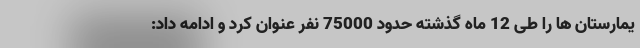
یمارستان ها را طی 12 ماه گذشته حدود 75000 نفر عنوان کرد و ادامه داد: